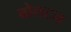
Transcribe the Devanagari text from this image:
बोलटन